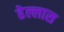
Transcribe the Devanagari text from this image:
हेल्लास